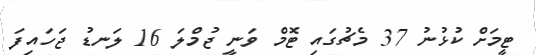
ޓީމަށް ކުޅުނު 37 މެޗުގައި ޓޮމް ވަނީ ޖުމްލަ 16 ލަނޑު ޖަހައިފަ